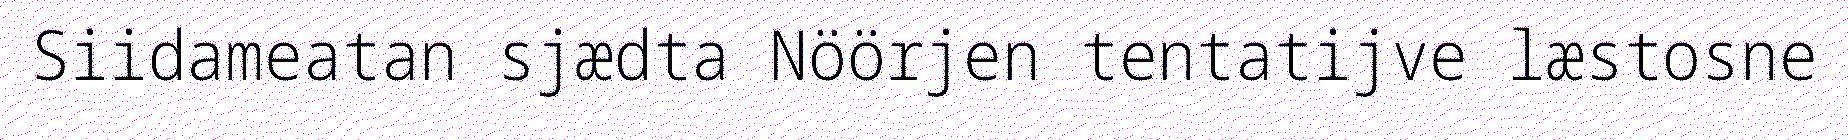
Siidameatan sjædta Nöörjen tentatijve læstosne